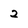
Character: 2